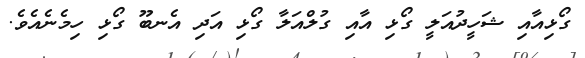
ގޯޅިއާއި ޝަހީދުއަލީ ގޯޅި އާއި ގުލްއަލާ ގޯޅި އަދި އެނބޫ ގޯޅި ހިމެނެއެވެ.